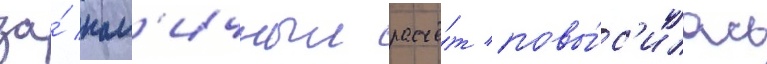
за́ нал'ичныи расчё́т повы́с'илась